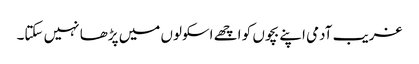
غریب آدمی اپنے بچوں کو اچھے اسکولوں میں پڑھا نہیں سکتا۔